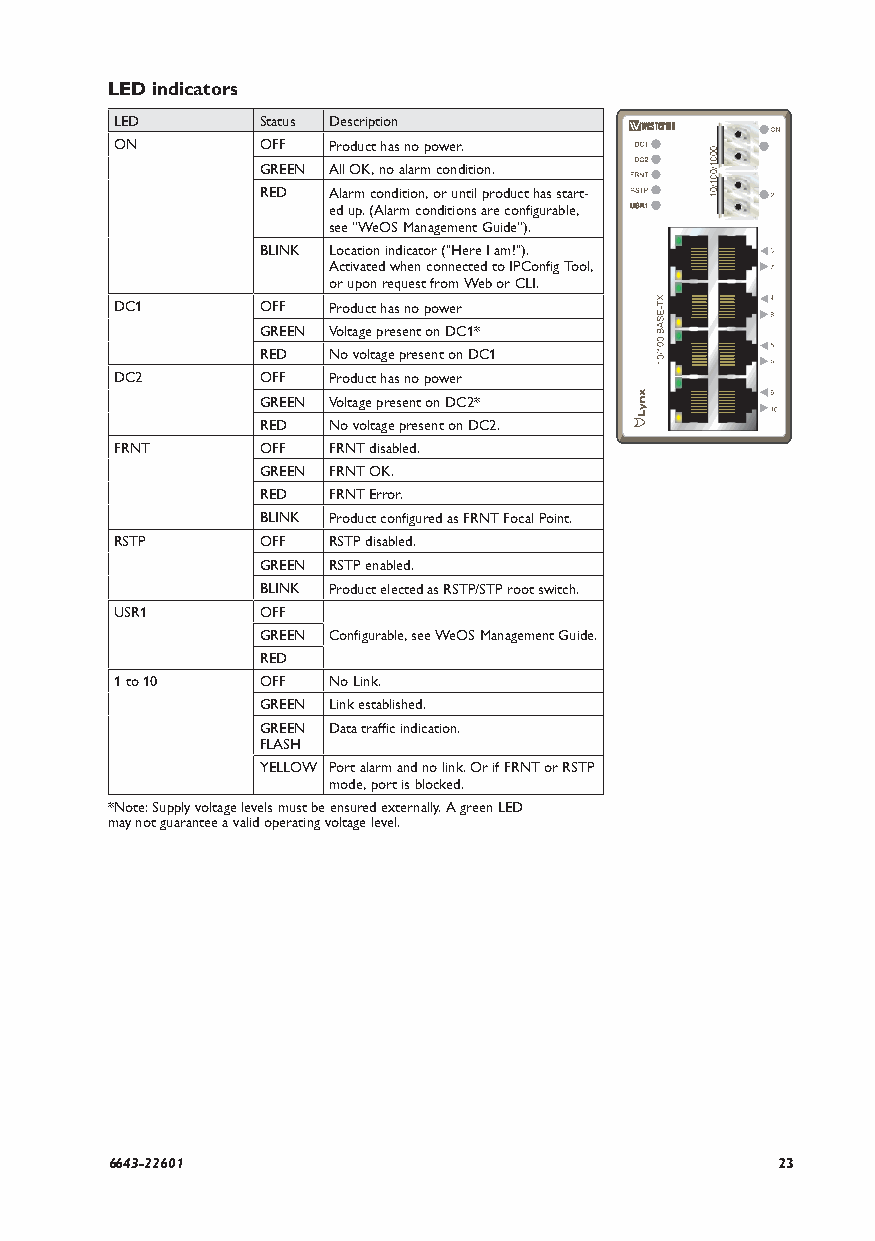
LED indicators
 LED      Status Description
 ON       OFF  Product has no power.
 GREEN All OK, no alarm condition.
 RED  Alarm condition, or until product has start-
 ed up. (Alarm conditions are configurable,
 see ''WeOS Management Guide'').
 BLINK Location indicator ("Here I am!").
 Activated when connected to IPConfig Tool,
 or upon request from Web or CLI.
 DC1      OFF  Product has no power
 GREEN Voltage present on DC1*
 RED  No voltage present on DC1
 DC2      OFF  Product has no power
 GREEN Voltage present on DC2*
 RED  No voltage present on DC2.
 FRNT     OFF  FRNT disabled.
 GREEN FRNT OK.
 RED  FRNT Error.
 BLINK Product configured as FRNT Focal Point.
 RSTP     OFF  RSTP disabled.
 GREEN RSTP enabled.
 BLINK Product elected as RSTP/STP root switch.
 USR1     OFF
 GREEN Configurable, see WeOS Management Guide.
 RED
 1 to 10  OFF  No Link.
 GREEN Link established.
 GREEN Data traffic indication.
 FLASH
 YELLOW Port alarm and no link. Or if FRNT or RSTP
 mode, port is blocked.
 *Note: Supply voltage levels must be ensured externally. A green LED
 may not guarantee a valid operating voltage level.
 6643-22601                                  23